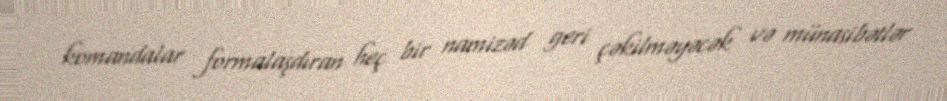
komandalar formalaşdıran heç bir namizəd geri çəkilməyəcək və münasibətlər